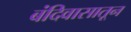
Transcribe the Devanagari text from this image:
बंदिवासातून